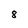
Character: 8